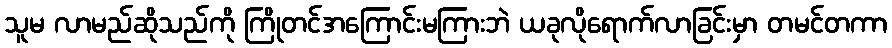
သူမ လာမည်ဆိုသည်ကို ကြိုတင်အကြောင်းမကြားဘဲ ယခုလိုရောက်လာခြင်းမှာ တမင်တကာ